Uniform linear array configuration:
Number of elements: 48
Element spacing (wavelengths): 1
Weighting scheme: kaiser
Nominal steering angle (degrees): -45
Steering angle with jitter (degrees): -46.852
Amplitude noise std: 0.05
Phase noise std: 0.05

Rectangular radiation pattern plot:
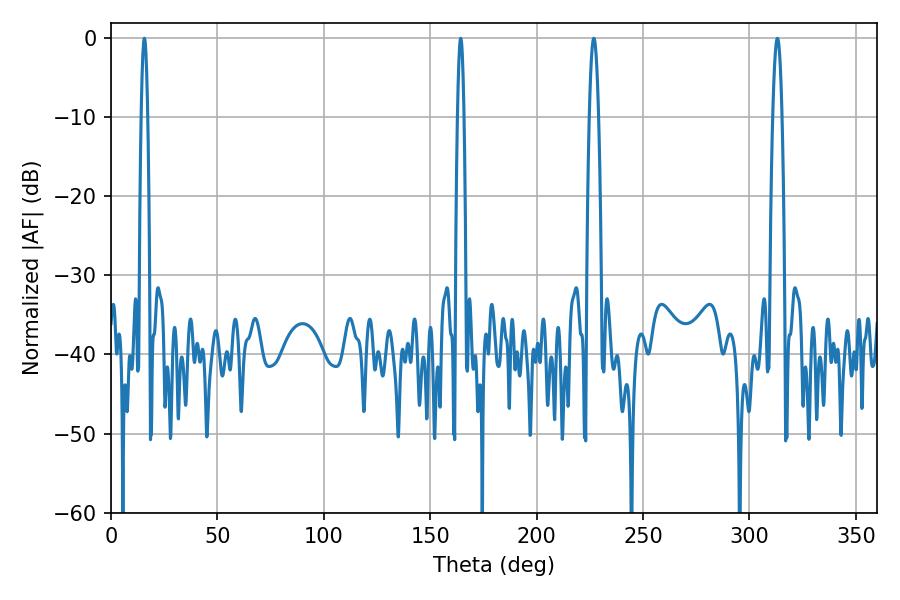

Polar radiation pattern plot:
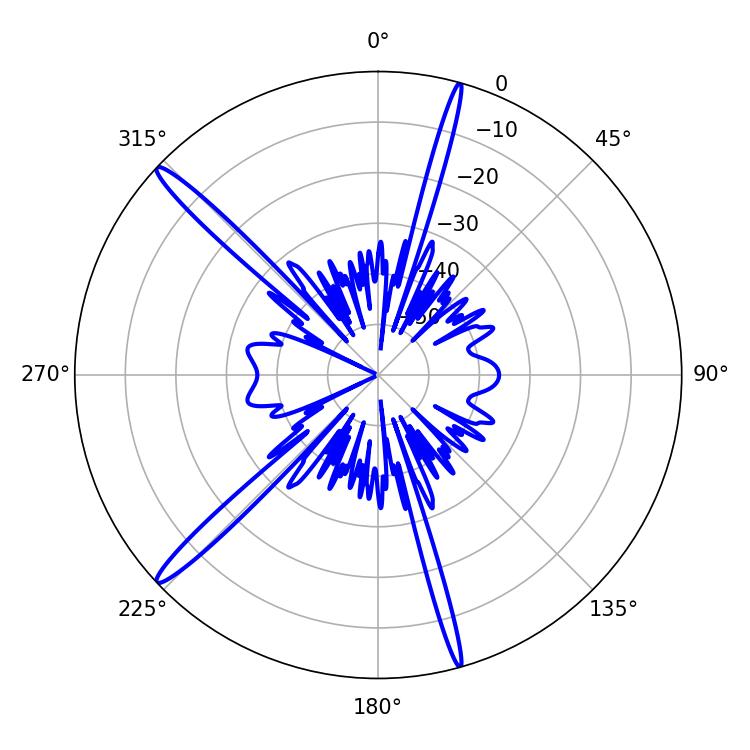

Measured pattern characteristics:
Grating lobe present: TRUE
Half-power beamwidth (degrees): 1.62
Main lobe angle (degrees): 15.66